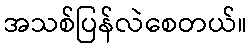
အသစ်ပြန်လဲစေတယ်။